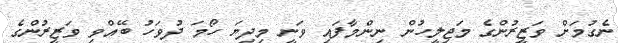
ނެގުމަށް ވަޒީރުންގެ މަޖިލީހުން ނިންމާފައި ވަނީ މިދިޔަ ހޯމަ ދުވަހު ބޭއްވި ވަޒީރުންގެ